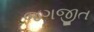
જગજીત